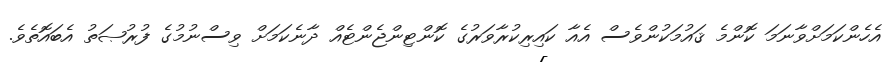
އެހެންކަމަށްވާނަމަ ކޮންމެ ޤައުމަކުންވެސް އެއާ ކައިރިކުރާވަރުގެ ކޮންޓިންޖެންޓެއް ދާނެކަމަށް ވިސްނުމުގެ ފުރުޞަތު އެބައޮތެވެ.